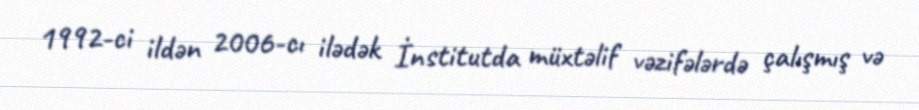
1992-ci ildən 2006-cı ilədək İnstitutda müxtəlif vəzifələrdə çalışmış və